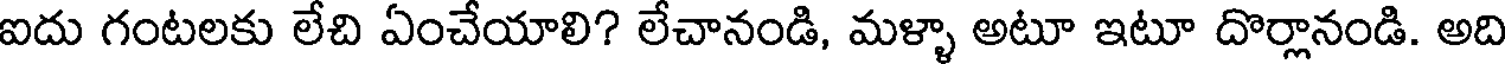
ఐదు గంటలకు లేచి ఏంచేయాలి? లేచానండి, మళ్ళా అటూ ఇటూ దొర్లానండి. అది